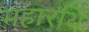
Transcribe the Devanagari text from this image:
महारथि